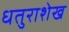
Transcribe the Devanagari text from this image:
धतुराशेख